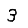
Digit: 3